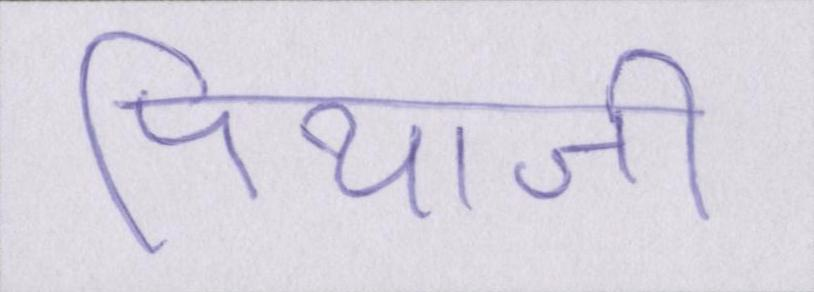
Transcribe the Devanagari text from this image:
पियाजी